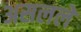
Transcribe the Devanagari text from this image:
असलले